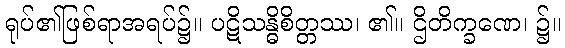
ရုပ်၏ဖြစ်ရာအရပ်၌။ ပဋိသန္ဓိစိတ္တဿ၊ ၏။ ဌိတိက္ခဏေ၊ ၌။